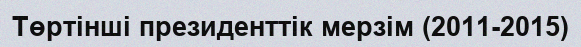
Төртінші президенттік мерзім (2011-2015)